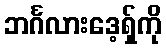
ဘင်္ဂလားဒေ့ရှ်ကို